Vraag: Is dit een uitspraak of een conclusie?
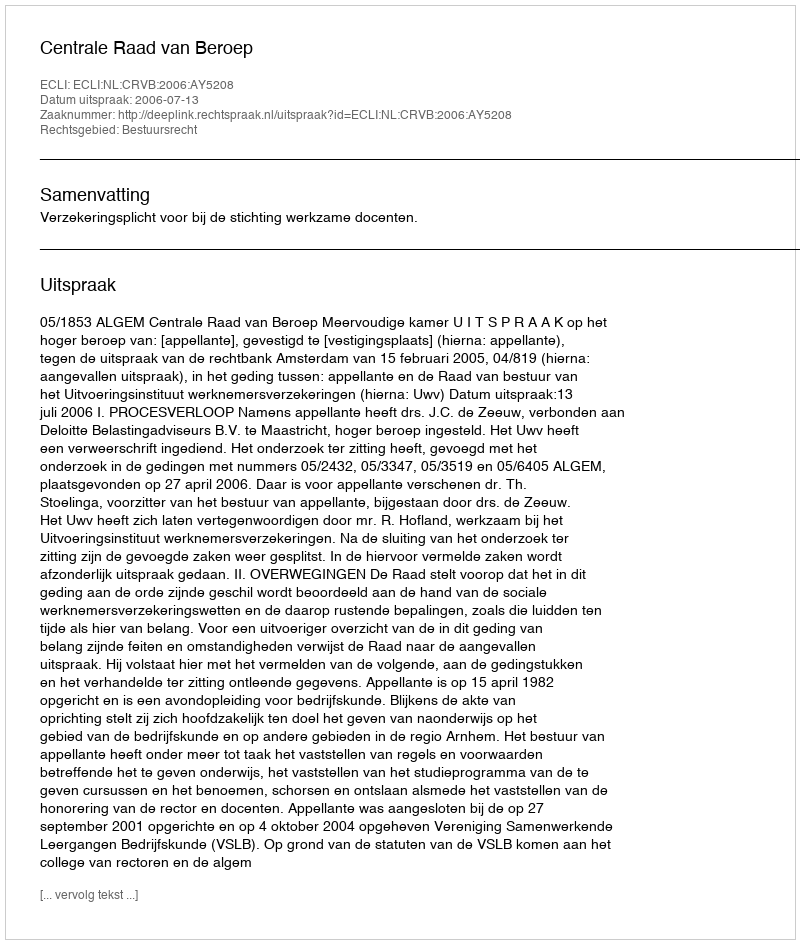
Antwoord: Uitspraak